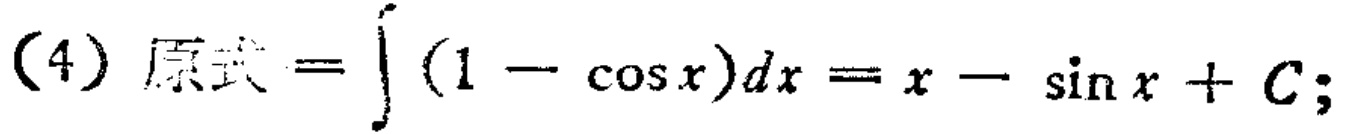
(4) 原式 \(=\int (1 - \cos x)dx = x - \sin x + C;\)